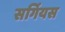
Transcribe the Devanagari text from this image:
सर्गियस